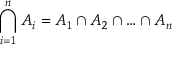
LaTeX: \bigcap _ { i = 1 } ^ { n } A _ { i } = A _ { 1 } \cap A _ { 2 } \cap \ldots \cap A _ { n }